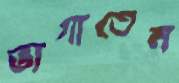
ভাগাতেন